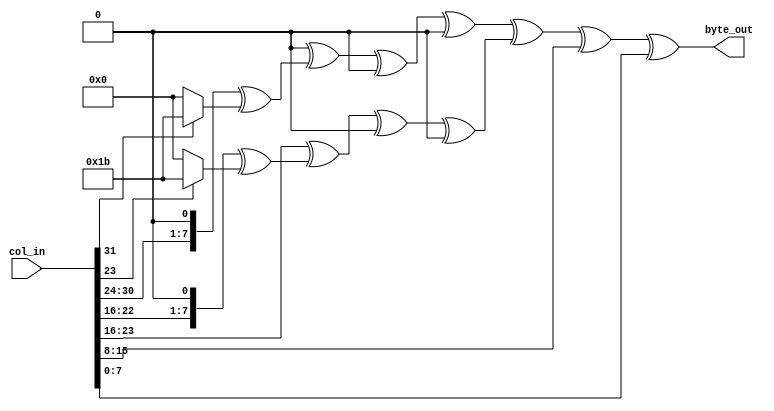
// 
// Copyright (C) 2020 
//    SCARV Project  <info@scarv.org>
//    Ben Marshall   <ben.marshall@bristol.ac.uk>
// 
// Permission to use, copy, modify, and/or distribute this software for any
// purpose with or without fee is hereby granted, provided that the above
// copyright notice and this permission notice appear in all copies.
// 
// THE SOFTWARE IS PROVIDED "AS IS" AND THE AUTHOR DISCLAIMS ALL WARRANTIES
// WITH REGARD TO THIS SOFTWARE INCLUDING ALL IMPLIED WARRANTIES OF
// MERCHANTABILITY AND FITNESS. IN NO EVENT SHALL THE AUTHOR BE LIABLE FOR ANY
// SPECIAL, DIRECT, INDIRECT, OR CONSEQUENTIAL DAMAGES OR ANY DAMAGES
// WHATSOEVER RESULTING FROM LOSS OF USE, DATA OR PROFITS, WHETHER IN AN
// ACTION OF CONTRACT, NEGLIGENCE OR OTHER TORTIOUS ACTION, ARISING OUT OF OR
// IN CONNECTION WITH THE USE OR PERFORMANCE OF THIS SOFTWARE.
//

//
// AES Forward MixColumn byte module
//
// - Performs forward MixColumn operation.
// - Outputs a single byte of the new column
//
module aes_mixcolumn_byte_enc (
input   wire [31:0] col_in    ,
output  wire [ 7:0] byte_out
);


//
// Multiply by 2 in GF(2^8) modulo 8'h1b
function [7:0] xt2;
    input [7:0] a;
    xt2 = (a << 1) ^ (a[7] ? 8'h1b : 8'b0) ;
endfunction

//
// Paired down multiply by X in GF(2^8)
function [7:0] xtN;
    input[7:0] a;
    input[3:0] b;
    xtN = (b[0] ?             a   : 0) ^
          (b[1] ? xt2(        a)  : 0) ^
          (b[2] ? xt2(xt2(    a)) : 0) ^
          (b[3] ? xt2(xt2(xt2(a))): 0) ;
endfunction

wire [7:0] b3 = col_in[ 7: 0];
wire [7:0] b2 = col_in[15: 8];
wire [7:0] b1 = col_in[23:16];
wire [7:0] b0 = col_in[31:24];

assign byte_out = xtN(b0,4'd2) ^ xtN(b1,4'd3) ^ b2 ^ b3 ;

endmodule

//
// AES Inverse MixColumn byte module
//
// - Outputs a single byte of the new column
//
module aes_mixcolumn_byte_dec (
input   wire [31:0] col_in    ,
output  wire [ 7:0] byte_out
);


//
// Multiply by 2 in GF(2^8) modulo 8'h1b
function [7:0] xt2;
    input [7:0] a;
    xt2 = (a << 1) ^ (a[7] ? 8'h1b : 8'b0) ;
endfunction

//
// Paired down multiply by X in GF(2^8)
function [7:0] xtN;
    input[7:0] a;
    input[3:0] b;
    xtN = (b[0] ?             a   : 0) ^
          (b[1] ? xt2(        a)  : 0) ^
          (b[2] ? xt2(xt2(    a)) : 0) ^
          (b[3] ? xt2(xt2(xt2(a))): 0) ;
endfunction

wire [7:0] b3 = col_in[ 7: 0];
wire [7:0] b2 = col_in[15: 8];
wire [7:0] b1 = col_in[23:16];
wire [7:0] b0 = col_in[31:24];

assign byte_out = xtN(b0,4'he) ^ xtN(b1,4'hb) ^ xtN(b2,4'hd) ^ xtN(b3,4'h9);

endmodule

//
// AES Forward MixColumn Word module
//
// - Outputs the entire new column.
//
module riscv_crypto_aes_mixcolumn_enc (

input   wire [31:0] col_in    ,
output  wire [31:0] col_out

);

wire [ 7:0] b0 = col_in[ 7: 0];
wire [ 7:0] b1 = col_in[15: 8];
wire [ 7:0] b2 = col_in[23:16];
wire [ 7:0] b3 = col_in[31:24];
    
wire [31:0] mix_in_3 = {b3, b0, b1, b2};
wire [31:0] mix_in_2 = {b2, b3, b0, b1};
wire [31:0] mix_in_1 = {b1, b2, b3, b0};
wire [31:0] mix_in_0 = {b0, b1, b2, b3};

wire [ 7:0] mix_out_3;
wire [ 7:0] mix_out_2;
wire [ 7:0] mix_out_1;
wire [ 7:0] mix_out_0;

assign col_out = {mix_out_3, mix_out_2, mix_out_1, mix_out_0};

aes_mixcolumn_byte_enc i_mc_enc_0(.col_in(mix_in_0), .byte_out(mix_out_0));
aes_mixcolumn_byte_enc i_mc_enc_1(.col_in(mix_in_1), .byte_out(mix_out_1));
aes_mixcolumn_byte_enc i_mc_enc_2(.col_in(mix_in_2), .byte_out(mix_out_2));
aes_mixcolumn_byte_enc i_mc_enc_3(.col_in(mix_in_3), .byte_out(mix_out_3));

endmodule

//
// AES Inverse MixColumn Word module
//
// - Outputs the entire new column.
//
module riscv_crypto_aes_mixcolumn_dec (

input   wire [31:0] col_in    ,
output  wire [31:0] col_out

);

wire [ 7:0] b0 = col_in[ 7: 0];
wire [ 7:0] b1 = col_in[15: 8];
wire [ 7:0] b2 = col_in[23:16];
wire [ 7:0] b3 = col_in[31:24];
    
wire [31:0] mix_in_3 = {b3, b0, b1, b2};
wire [31:0] mix_in_2 = {b2, b3, b0, b1};
wire [31:0] mix_in_1 = {b1, b2, b3, b0};
wire [31:0] mix_in_0 = {b0, b1, b2, b3};

wire [ 7:0] mix_out_3;
wire [ 7:0] mix_out_2;
wire [ 7:0] mix_out_1;
wire [ 7:0] mix_out_0;

assign col_out = {mix_out_3, mix_out_2, mix_out_1, mix_out_0};

aes_mixcolumn_byte_dec i_mc_dec_0(.col_in(mix_in_0), .byte_out(mix_out_0));
aes_mixcolumn_byte_dec i_mc_dec_1(.col_in(mix_in_1), .byte_out(mix_out_1));
aes_mixcolumn_byte_dec i_mc_dec_2(.col_in(mix_in_2), .byte_out(mix_out_2));
aes_mixcolumn_byte_dec i_mc_dec_3(.col_in(mix_in_3), .byte_out(mix_out_3));

endmodule